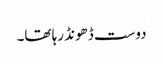
دوست ڈھونڈ رہا تھا۔